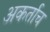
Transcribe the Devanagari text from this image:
अकर्ताच